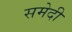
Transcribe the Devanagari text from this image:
समेदी